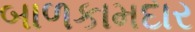
બાળકામદાર